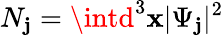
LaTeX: N_{\mathbf{j}}=\intd^{3}\mathbf{{x}}|\Psi_{\mathbf{j}}|^{2}